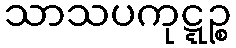
သာသပကုဋ္ဋဉ္စ